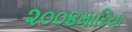
૨૦૦૪મારિયા